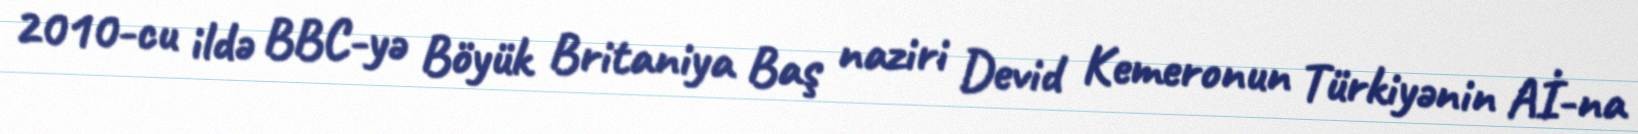
2010-cu ildə BBC-yə Böyük Britaniya Baş naziri Devid Kemeronun Türkiyənin Aİ-na